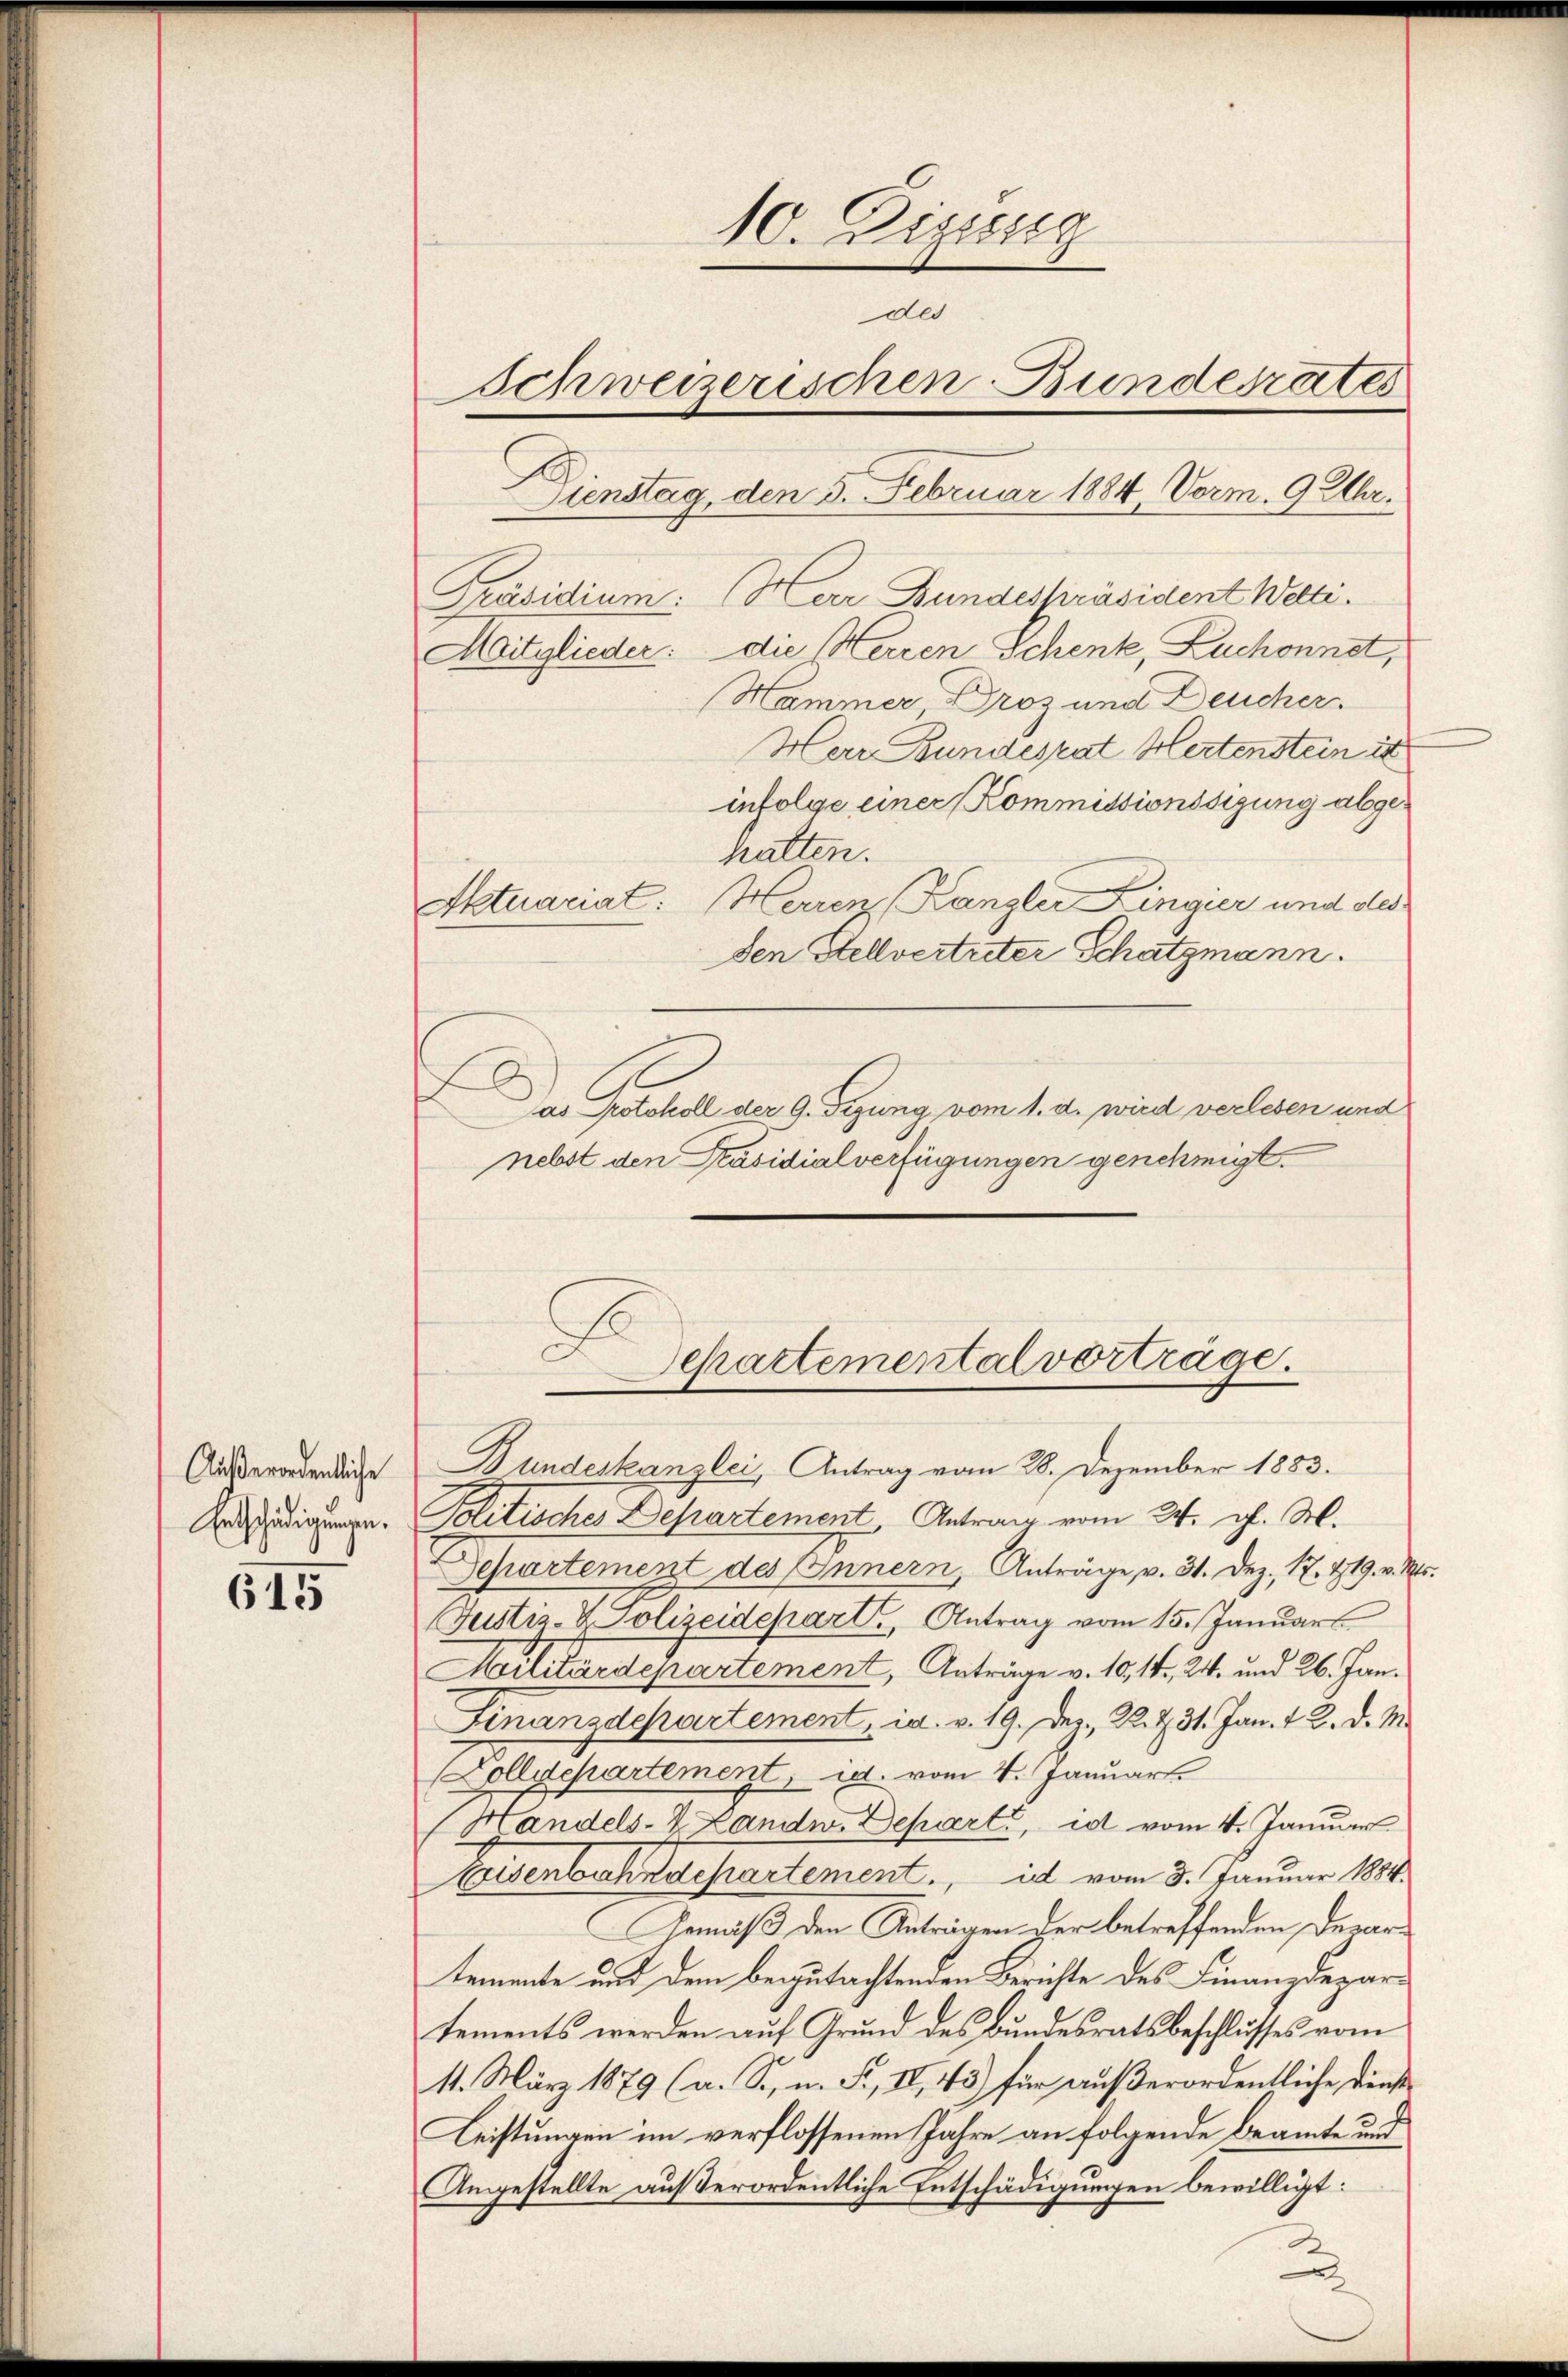
Außerordentliche
Entschädigungen.

615

10. Dezessig
des
Schweizerischen Bunderates
Dienstag, den 5. Februar 1884, Vorm. 9 Uhr.

Präsidium: Herr Bundespräsident Welti.
Mitglieder. die Herren Schenk, Zuchonnet,
Hammer Droz und Deucher.
Herr Bundesrat Hertenstein ist
infolge einer Kommissionssigung abgehatten.
Aktuariat: Herren Kanzler Lingier und desden Stellvertreter Schatzmann.
Das Protokoll der G. Tigung vom 1. d. wird verlesen und
nebst den Präsidialverfügungen genehmigt.

Bundeskanzlei, Antrag vom 28. Dezember 1883.
Politisches Departement, Antrag vom 24. gl. M.
Separtement des Innern, Anträge, v. 31. Dez. 17. 419. v. Mts.
Justiz- & Polizeidepart. Antrag vom 15. Januars
Militärdepartement, Anträge v. 10, 14, 24. und 26. Jan.
Finanzdepartement, u. v. 19. Dez. 22. Z. 31. Jan. 12. d. M.
Dolldepartement, d. vom 4. Januart
Handels- & Landw. Depart, ist vom 4. Januar
Eisenbahndepartement, id vom 8. Januar 1884.
Gemäß den Anträgen der betreffenden Departemente und dem begutachtenden Berichte des Finanzdepartements werden auf Grund des Bundesrathsbeschlusses vom
11. März 1879 (a. S., n. F., II., 43) für außerordentliche diese
Leistungen im verflossenen Jahre an folgende Beamte und
Angestellte außerordentliche Entschädigungen bewilligt:
d
A

Separtemental vorträge.